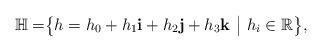
LaTeX: \begin{align*}\mathbb{H}=\bigr\{h=h_0+h_{1}{\bf i}+h_{2}{\bf j}+h_{3}{\bf k}~\bigr|~h_{i}\in\mathbb{R}\bigr\},\end{align*}